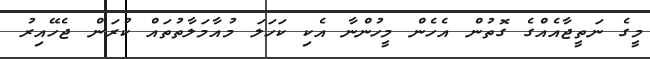
މީގެ ނަތީޖާއެއްގެ ގޮތުން އެހެން މީހުންނާ އެކި ކަހަލަ މުއާމަލާތުތައް ކުރަން ޖެހޭއިރު